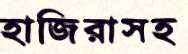
হাজিরাসহ